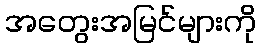
အတွေးအမြင်များကို